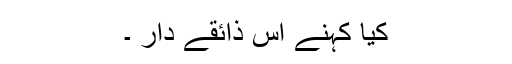
کیا کہنے اس ذائقے دار ۔